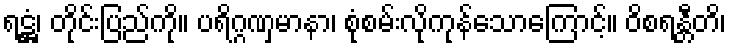
ရဋ္ဌံ၊ တိုင်းပြည်ကို။ ပရိဂ္ဂဏှမာနာ၊ စုံစမ်းလိုကုန်သောကြောင့်။ ဝိစရန္တီတိ၊